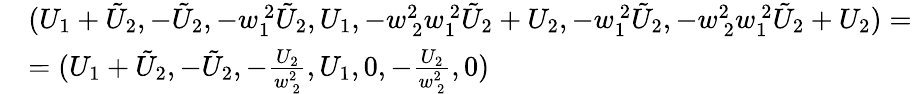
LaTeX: \begin{array}{rl}&{(U_{1}+\tilde{U}_{2},-\tilde{U}_{2},-w_{1\ }^{\ 2}\tilde{U}_{2},U_{1},-w_{\ 2}^{2\ }w_{1\ }^{\ 2}\tilde{U}_{2}+U_{2},-w_{1\ }^{\ 2}\tilde{U}_{2},-w_{\ 2}^{2\ }w_{1\ }^{\ 2}\tilde{U}_{2}+U_{2})=}\\ &{=(U_{1}+\tilde{U}_{2},-\tilde{U}_{2},-\frac{U_{2}}{w_{\ 2}^{2\ }},U_{1},0,-\frac{U_{2}}{w_{\ 2}^{2\ }},0)}\end{array}